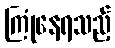
ကြုံနေရသည့်